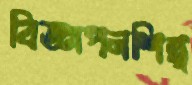
বিজ্ঞাপনশিল্প